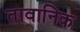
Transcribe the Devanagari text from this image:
तावानिक